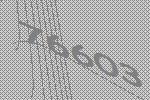
76603